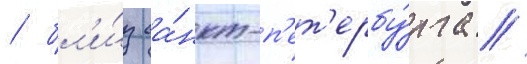
/ бл'и́з са́нкт-п'ет'ербу́рга /